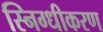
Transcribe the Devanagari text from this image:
स्निग्धीकरण